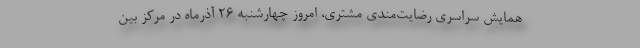
همایش سراسری رضایت‌مندی مشتری، امروز چهارشنبه ۲۶ آذرماه در مرکز بین